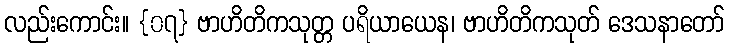
လည်းကောင်း။ {၀၇} ဗာဟိတိကသုတ္တ ပရိယာယေန၊ ဗာဟိတိကသုတ် ဒေသနာတော်